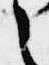
之